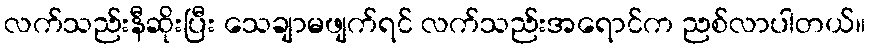
လက်သည်းနီဆိုးပြီး သေချာမဖျက်ရင် လက်သည်းအရောင်က ညစ်လာပါတယ်။